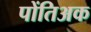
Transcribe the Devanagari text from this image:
पोंतिअक